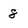
Character: 8